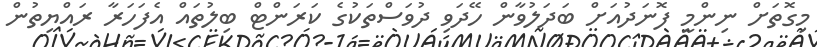
މިގޮތަށް ނިންމީ ފޮނަދުއަށް ބަދަލުވާން ހޭދަވި ދުވަސްތަކުގެ ކަރަންޓް ބިލުތައް އެފަހަރާ ރައްޔިތުން